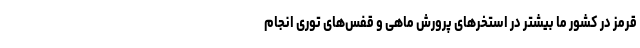
قرمز در کشور ما بیشتر در استخرهای پرورش ماهی و قفس­‌های توری انجام